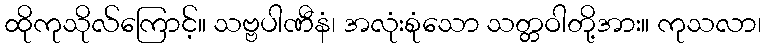
ထိုကုသိုလ်ကြောင့်။ သဗ္ဗပါဏီနံ၊ အလုံးစုံသော သတ္တဝါတို့အား။ ကုသလာ၊